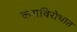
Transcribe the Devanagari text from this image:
कराविरोधात